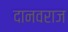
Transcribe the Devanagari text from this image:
दानवराज